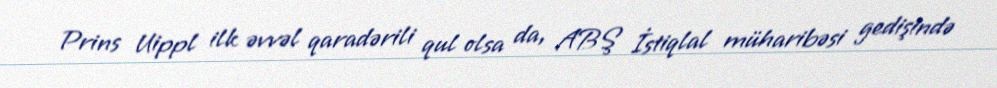
Prins Uippl ilk əvvəl qaradərili qul olsa da, ABŞ İstiqlal müharibəsi gedişində